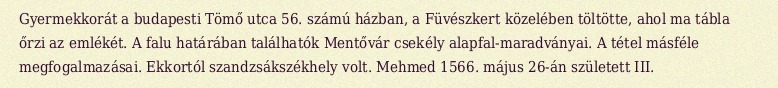
Gyermekkorát a budapesti Tömő utca 56. számú házban, a Füvészkert közelében töltötte, ahol ma tábla őrzi az emlékét. A falu határában találhatók Mentővár csekély alapfal-maradványai. A tétel másféle megfogalmazásai. Ekkortól szandzsákszékhely volt. Mehmed 1566. május 26-án született III.